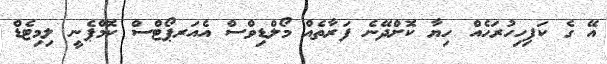
އޭ ގެ ކަފިހިހުރަހެއް ހިޔާ ކޮށްދޭނެެ ފަރާތެއް މޯލްޑިވްސް އެއަރޕޯޓްސް ކޮމްޕެނީ ލިމިޓެޑް